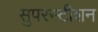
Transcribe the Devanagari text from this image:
सुपरस्टीशन